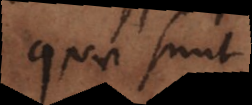
quae sunt